Report on malaria in the Punjab during the year ...  together with an account of the work of the Punjab Malaria Bureau - Volume 3
Disease focus: Malaria
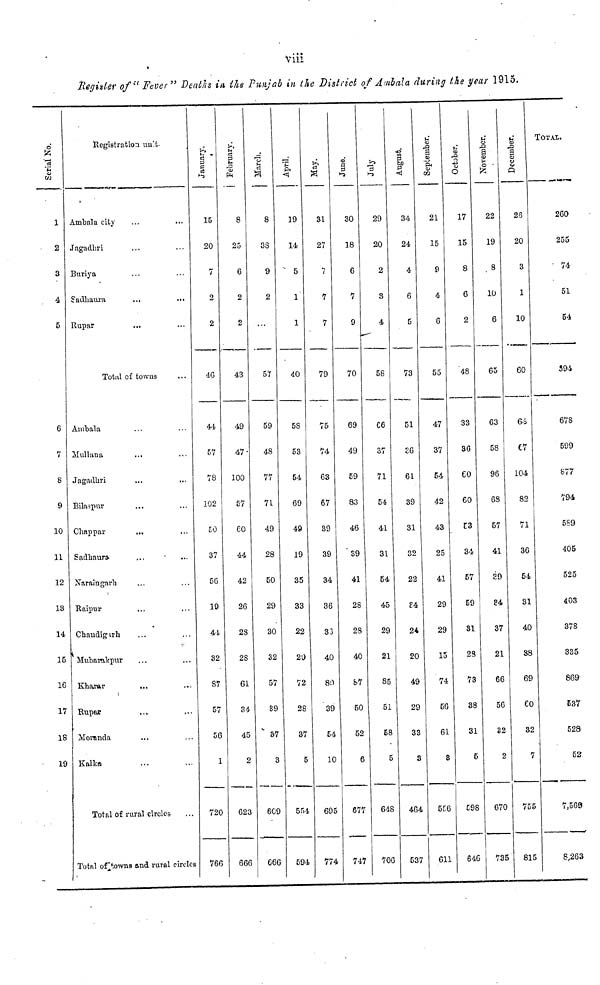
viii
Register of "Fever" Deaths in the Punjab in the District of Ambala during the year 1915.
Serial No.
1
2
3
4
5
6
7
8
9
10
11
12
13
14
15
16
17
18
19
Registration un't.
Ambala city
Jagadhri
Buriya
Sadhaura
Rupar
Total of towns
Ambala
Mullana
Jagadhri
Bilaspur
Chappar
Sadhaura.
Naraingarh
Raipur
Chandigurh
Mubarakpur
Kharar
Rupar
Moranda
Kalka
Total of rural circles-
Total of towns and rural circles
January.
15
20
7
2
2
4G
44
57
78
102
50
37
5G
19
44
32
87
57
56
1
720
766
February.
8
25
6
2
2
43
49
47
100
57
60
44
42
26
28
28
61
34
45
2
623
666
March.
8
38
9
2
BY
59
48
77
71
49
28
50
29
30
32
57
89
87
3
609
666
April.
19
14
' 5
1
1
40
58
53
54
69
49
19
35
33
22
20
72
28
37
5
554
594
May.
31
27
7
7
7
79
75
74
63
67
39
39
34
36
33
40
80
39
54
10
695
774
June.
30
18
6
7
9
70
69
49
59
83
46
39
41
28
28
40
87
50
52
6
677
747
July.
29
20
2
3
4
58
C6
37
71
54
41
31
54
45
29
21
85
51
58
5
648
706
August.
34
24
4
6
73
51
36
61
39
31
32
22
£4
24
20
49
29
33
3
464
537
September.
21
15
9
4
6
55
47
37
54
42
43
2o
41
29
29
15
74
56
61
8
556
611
October.
17
15
8
6
2
48
33
36
60
60
53
34
57
59
31
28
73
38
31
5
598
646
November.
22
19
8
10
6
65
63
58
96
68
57
41
39
84
37
21
66
56
32
2
670
735
December.
23
20
3
1
10
60
64
C7
104
82
71
36
54
31
40
38
69
60
32
7
755
815
Total.
260
255
74
51
54
394
678
599
877
794
5S9
405
525
403
378
335
869
537
528
52
7,569
8,263